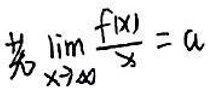
若$\lim_{x \to \infty} \frac{f(x)}{x} = a$